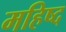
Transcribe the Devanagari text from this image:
महिष्द